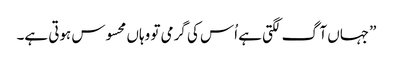
”جہاں آگ لگتی ہے اُس کی گرمی تو وہاں محسوس ہوتی ہے۔